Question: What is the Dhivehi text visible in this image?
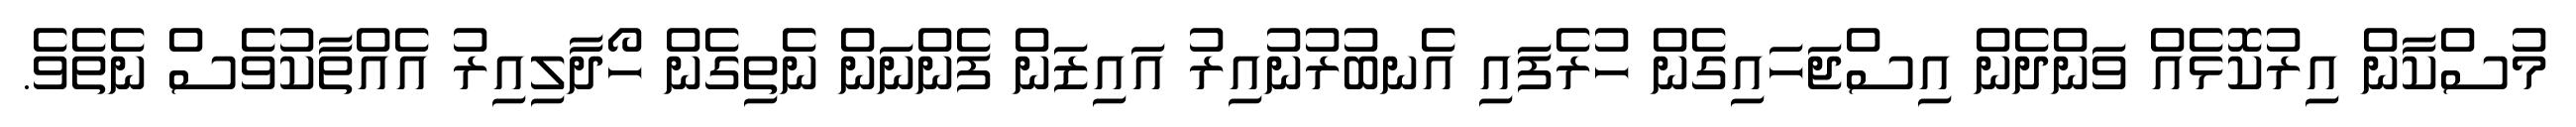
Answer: މުސްކާން އިރުކޮޅެއް ވަންދެން އިސްޖަހައިގެން ހުރެފައި އެނބުރުނުއިރު އައިޒަން ފެންނަން ނެތިގެން ހޯދާލިއިރު އެއްތާކުވެސް ނެތެވެ.